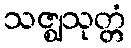
သဇ္ဈသုတ္တံ